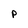
Character: p